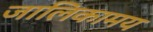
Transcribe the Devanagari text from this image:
जालिकामय